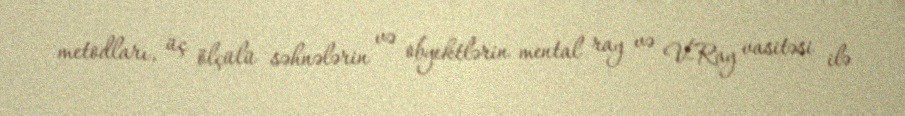
metodları, üç ölçülü səhnələrin və obyektlərin mental ray və V-Ray vasitəsi ilə